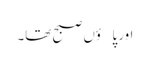
اور پاؤں صبح تھا۔